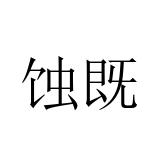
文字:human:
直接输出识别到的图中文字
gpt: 蚀既